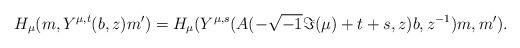
LaTeX: \begin{align*}H_\mu(m,Y^{\mu,t}(b,z)m')=H_\mu(Y^{\mu,s}(A(-\sqrt{-1}\Im(\mu)+t+s,z)b,z^{-1})m,m').\end{align*}